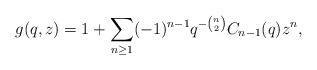
LaTeX: \begin{align*}g(q,z)=1+\sum_{n\geq1}(-1)^{n-1}q^{-\binom{n}{2}}C_{n-1}(q)z^n,\end{align*}